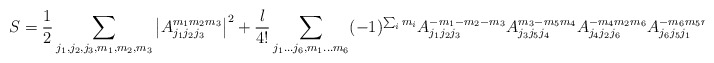
\begin{align*}S=\frac{1}{2}\sum_{j_1,j_2,j_3,m_1,m_2,m_3}\left|{A_{j_1j_2j_3}^{m_1m_2m_3}}\right|^2+\frac{\l}{4!}\sum_{j_1...j_6,m_1...m_6} (-1)^{\sum_i m_i}A_{j_1j_2j_3}^{-m_1-m_2-m_3} A_{j_3j_5j_4}^{m_3-m_5m_4}A_{j_4j_2j_6}^{-m_4m_2m_6} A_{j_6j_5j_1}^{-m_6m_5m_1}\end{align*}